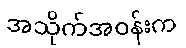
အသိုက်အဝန်းက